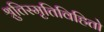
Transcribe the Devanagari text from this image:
श्रुतिस्मृतिविहितो